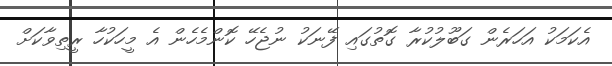
އެކަމަކު އަހަރެން ގަބޫލުކުރާ ގޮތުގައި ފޭނަކު ނުޖެހޭ ކޮންމެހެން އެ މީހަކުހާ ރީތިވާކަށް